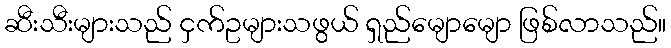
ဆီးသီးများသည် ငှက်ဥများသဖွယ် ရှည်မျောမျော ဖြစ်လာသည်။